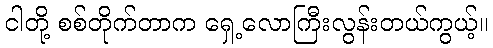
ငါတို့ စစ်တိုက်တာက ရှေ့လောကြီးလွန်းတယ်ကွယ့်။